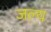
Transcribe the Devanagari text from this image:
जल्य